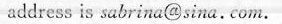
address_ is sabrina@sina.Com.